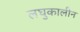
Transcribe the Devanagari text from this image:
लघुकालीन